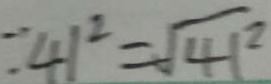
= 4 1 ^ { 2 } = \sqrt { 4 1 ^ { 2 } }